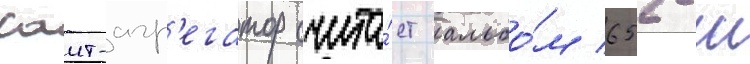
саит-агр'егатор счита́ет альбо́м 652-м